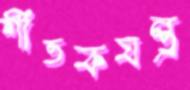
শীতকযন্ত্র